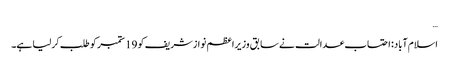
…
اسلام آباد: احتساب عدالت نے سابق وزیراعظم نوازشریف کو 19 ستمبر کو طلب کرلیا ہے۔